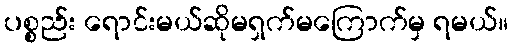
ပစ္စည်း ရောင်းမယ်ဆိုမရှက်မကြောက်မှ ရမယ်။